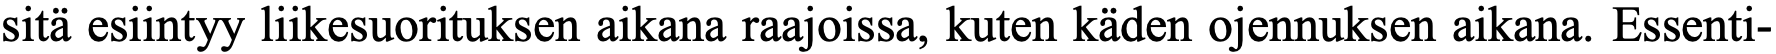
sitä esiintyy liikesuorituksen aikana raajoissa, kuten käden ojennuksen aikana. Essenti-